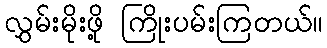
လွှမ်းမိုးဖို့ ကြိုးပမ်းကြတယ်။